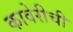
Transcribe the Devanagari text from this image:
कावेरीची